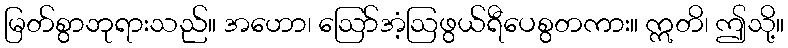
မြတ်စွာဘုရားသည်။ အဟော၊ ဩော်အံ့ဩဖွယ်ရီပေစွတကား။ ဣတိ၊ ဤသို့။